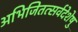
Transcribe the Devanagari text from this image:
अभिजितत्सर्वदेशेषु